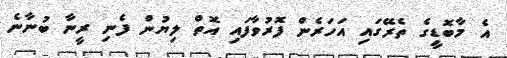
އެ މާބޮޑީގެ ތެރޭގައި އަހަރެން ފޮރުވާފައި އޮތް ލިޔުން ފެނި ރީނާ ބުނާނެ